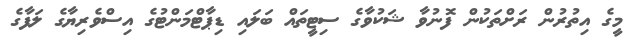
މީގެ އިތުރުން ރަށްތަކުން ފޮނުވާ ޝަކުވާގެ ސިޓީތައް ބަލައި ޑިޕާޓްމަންޓުގެ އިސްވެރިޔާގެ ލަފާގެ